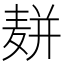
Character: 𱋔